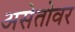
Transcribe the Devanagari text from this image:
असेतोवर